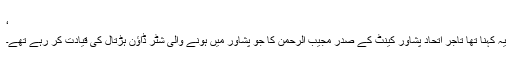
‘
یہ کہنا تھا تاجر اتحاد پشاور کینٹ کے صدر مجیب الرحمٰن کا جو پشاور میں ہونے والی شٹر ڈاؤن ہڑتال کی قیادت کر رہے تھے۔